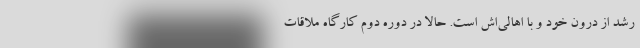
رشد از درون خود و با اهالی‌اش است. حالا در دوره ‌دوم کارگاه ملاقات